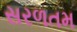
સરળતમ